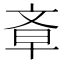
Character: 𣁌